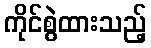
ကိုင်စွဲထားသည့်